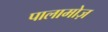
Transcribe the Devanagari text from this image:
पालामोज़